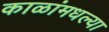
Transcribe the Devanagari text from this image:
काळांमधल्या